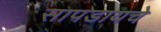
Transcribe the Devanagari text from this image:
सापडायचे